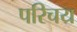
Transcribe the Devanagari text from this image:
परिचय